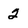
Character: 2